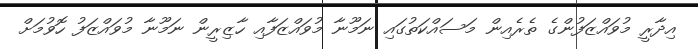
އިދާރީ މުވައްޒަފުންގެ ތެރެއިން މަސައްކަތުގައި ނަމޫނާ މުވައްޒަފާއި ހާޒިރީން ނަމޫނާ މުވައްޒަފު ހޮވުމަށް